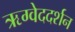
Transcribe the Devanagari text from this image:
ऋग्वेददर्शन